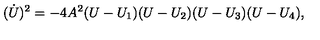
( \dot { U } ) ^ { 2 } = - 4 A ^ { 2 } ( U - U _ { 1 } ) ( U - U _ { 2 } ) ( U - U _ { 3 } ) ( U - U _ { 4 } ) ,